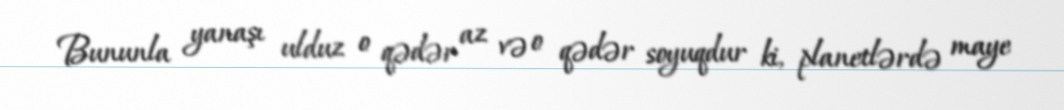
Bununla yanaşı ulduz o qədər az və o qədər soyuqdur ki, planetlərdə maye